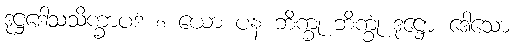
ဒုဋ္ဌဒေါသသိက္ခာပဒံ ၈ ယော ပန ဘိက္ခု ဘိက္ခုံ ဒုဋ္ဌော ဒေါသော